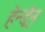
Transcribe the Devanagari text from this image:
हेन्ड्रेन